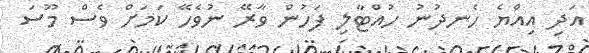
އަދި އިއްޔެ ހެނދުނު ހުއްޓާލި ފަހުން ވާރޭ ނުވެހޭ ކަމަށް ވެސް މޫސަ